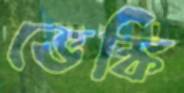
ভেঙ্কি